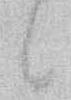
候